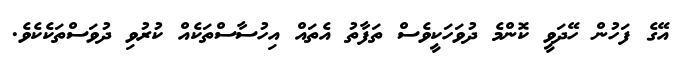
އޭގެ ފަހުން ހޭދަވީ ކޮންމެ ދުވަހަކީވެސް ތަފާތު އެތައް އިހުސާސްތަކެއް ކުރުވި ދުވަސްތަކެކެވެ.